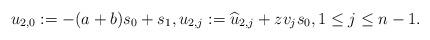
LaTeX: \begin{align*} u_{2,0}:=-(a+b)s_0+s_1, u_{2,j}:=\widehat{u}_{2,j}+zv_{j}s_{0}, 1\leq j\leq n-1. \end{align*}